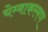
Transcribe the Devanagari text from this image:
चेम्बाकरमण